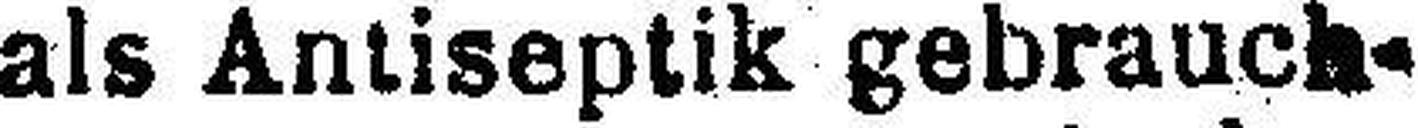
als Antiseptik gebrauch¬